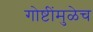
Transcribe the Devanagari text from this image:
गोष्टींमुळेच